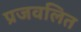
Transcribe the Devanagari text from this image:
प्रजवलित